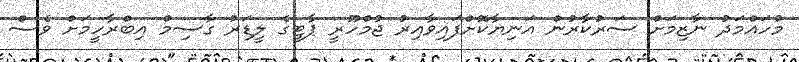
މުހައްމަދު ނާޒިމަށް ސަރުކާރުން އަނިޔާކޮށްފައިވާއިރު ޖުމްހޫރީ ޕާޓީގެ ލީޑަރު ގާސިމް އިބްރާހީމަށް ވެސް